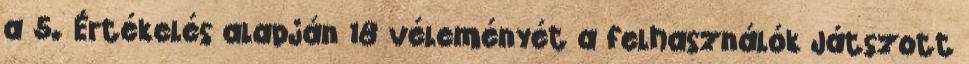
a 5. Értékelés alapján 18 véleményét a felhasználók Játszott